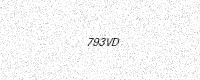
Text: 793VD